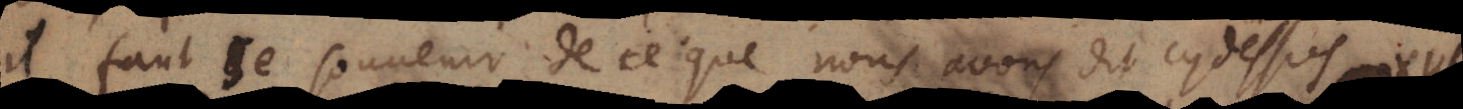
ut se souvenir de ce que nous avons dit cy dessus à